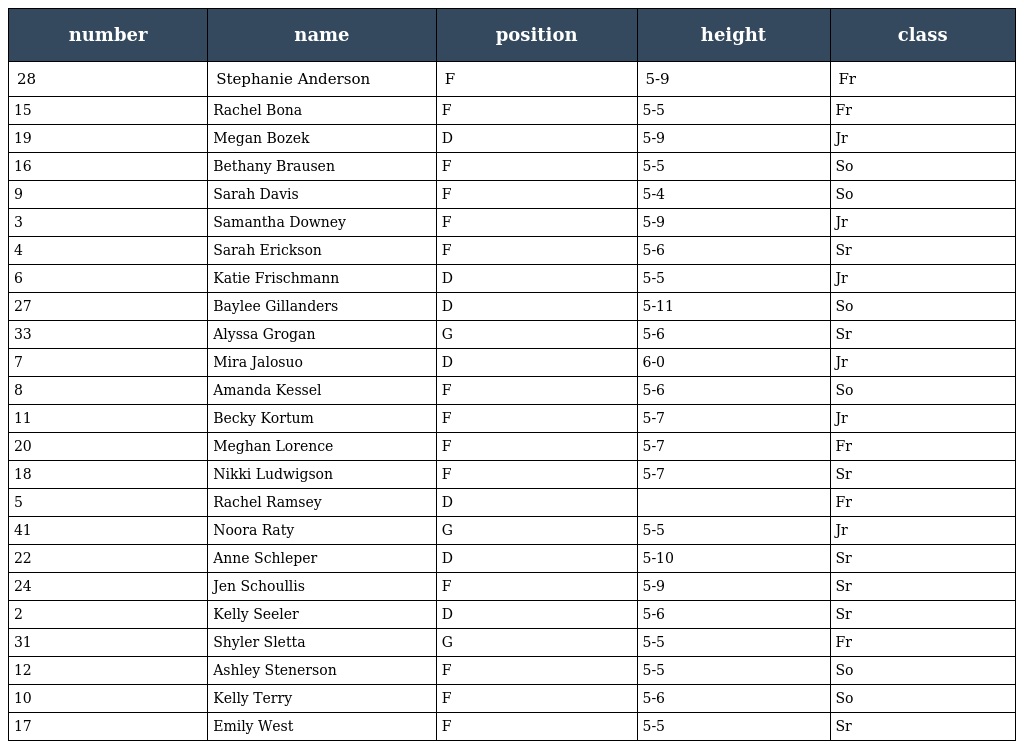
| number | name | position | height | class |
 | --- | --- | --- | --- | --- |
 | 28 | Stephanie Anderson | F | 5-9 | Fr |
 | 15 | Rachel Bona | F | 5-5 | Fr |
 | 19 | Megan Bozek | D | 5-9 | Jr |
 | 16 | Bethany Brausen | F | 5-5 | So |
 | 9 | Sarah Davis | F | 5-4 | So |
 | 3 | Samantha Downey | F | 5-9 | Jr |
 | 4 | Sarah Erickson | F | 5-6 | Sr |
 | 6 | Katie Frischmann | D | 5-5 | Jr |
 | 27 | Baylee Gillanders | D | 5-11 | So |
 | 33 | Alyssa Grogan | G | 5-6 | Sr |
 | 7 | Mira Jalosuo | D | 6-0 | Jr |
 | 8 | Amanda Kessel | F | 5-6 | So |
 | 11 | Becky Kortum | F | 5-7 | Jr |
 | 20 | Meghan Lorence | F | 5-7 | Fr |
 | 18 | Nikki Ludwigson | F | 5-7 | Sr |
 | 5 | Rachel Ramsey | D |  | Fr |
 | 41 | Noora Raty | G | 5-5 | Jr |
 | 22 | Anne Schleper | D | 5-10 | Sr |
 | 24 | Jen Schoullis | F | 5-9 | Sr |
 | 2 | Kelly Seeler | D | 5-6 | Sr |
 | 31 | Shyler Sletta | G | 5-5 | Fr |
 | 12 | Ashley Stenerson | F | 5-5 | So |
 | 10 | Kelly Terry | F | 5-6 | So |
 | 17 | Emily West | F | 5-5 | Sr |